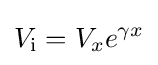
V_{\mathrm {i} }=V_{x}e^{\gamma x}\,\!